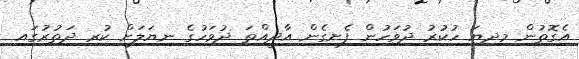
އެގޮތުން މިދިޔަ ހުކުރު ދުވަހުން ފެށިގެން އާދީއްތަ ދުވަހުގެ ނިޔަލަށް ކުރި ދަތުރުގައި